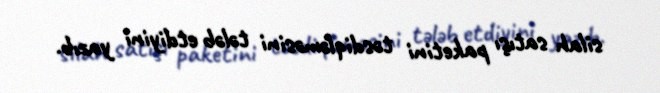
silah satışı paketini təsdiqləməsini tələb etdiyini yazıb.